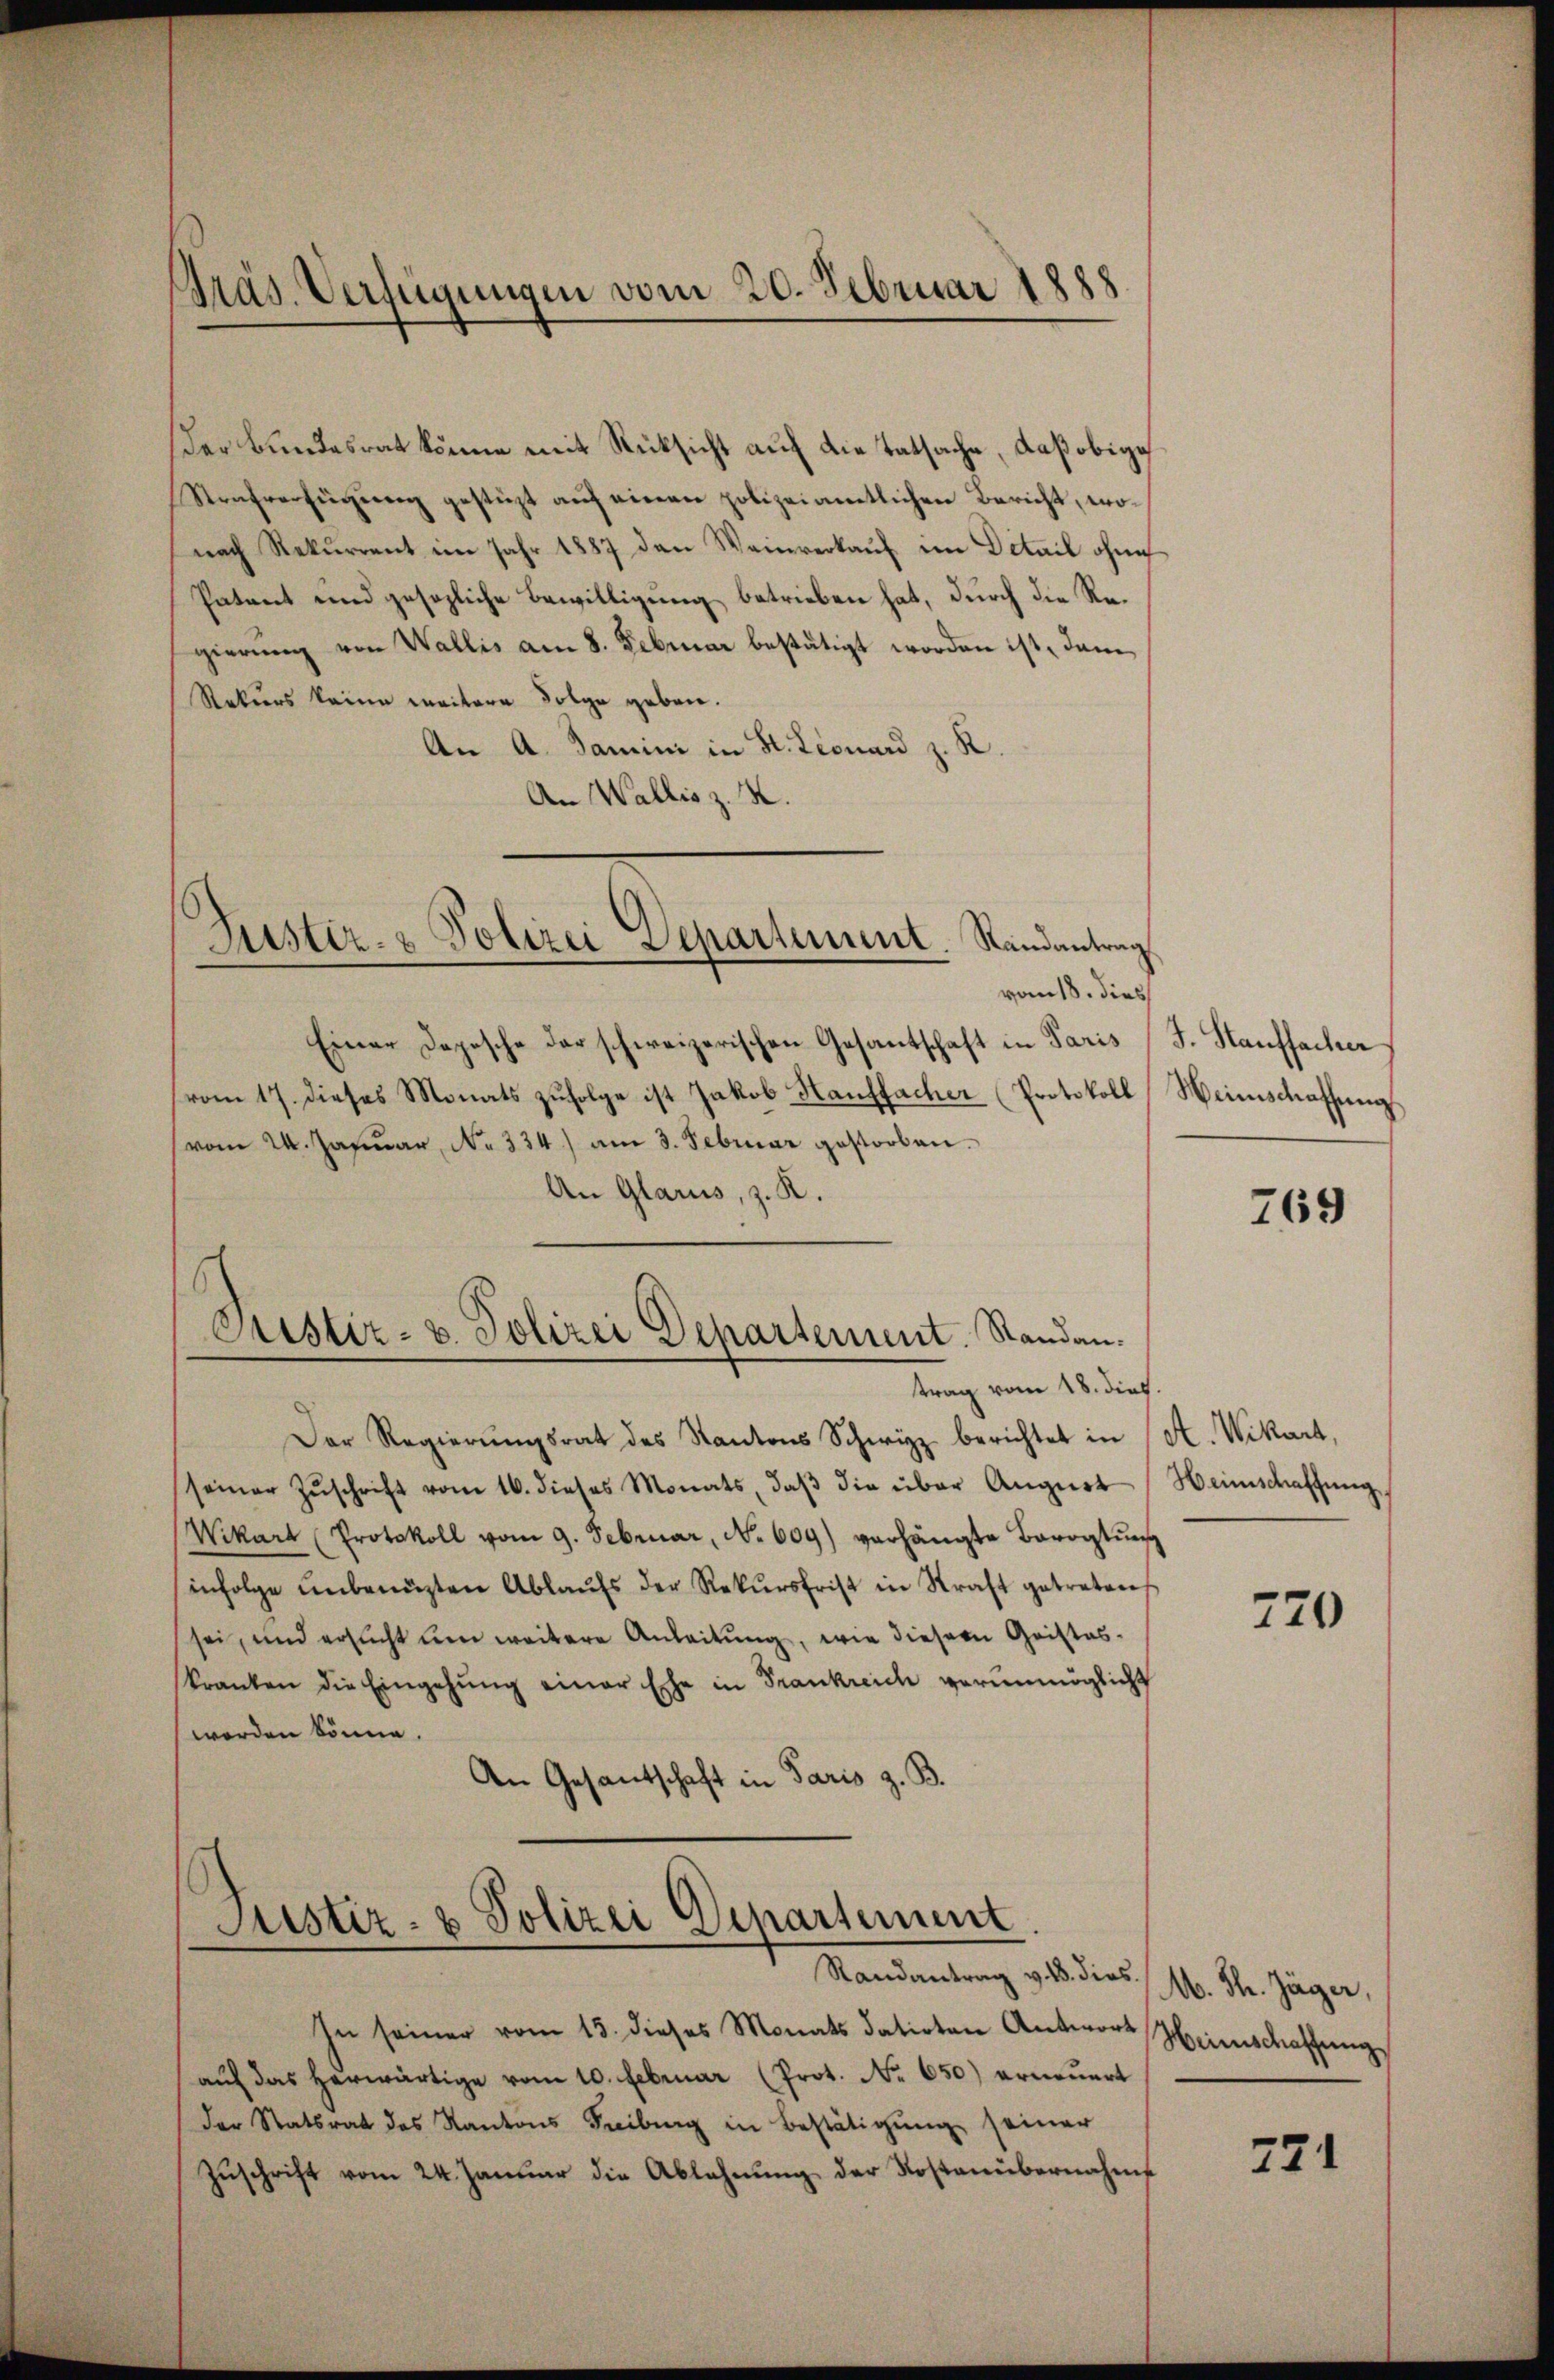
Der Bundesrat könne mit Rücksicht auf die tatsache, daß obige
Strafverfügŭng gestüzt aŭf einen polizeiamtlichen Bericht, wonach Rekurrent im Jahr 1887 den Weinverkauf im Detail ohne
Patent und gesezliche Bewilligung betrieben hat, durch die Regierung von Wallis am 8. Februar bestätigt worden ist, dann
Rekurs keine weitere Folge geben.
An A. Samini in St. Leonard z. R.
An Wallis z. K.

Präs. Verfügungen vom 20. Februar 1888.

Justiz- & Polizei Departement. Randantrag.
vom 18. dies

Einer Depesche der schweizerischen Gesantschaft in Paris (J. Hauffacher
vom 17. dieses Monats zŭfolge ist Jakob Hauffacher Protokoll Weinschaffung
(vom 24. Januar, No 334.) am 3. Februar gestorben.
An Glarus, z. R.
Der Regierŭngsrat des Kantons Schwyz berichtet in A. Wikart,
seiner Zŭschrift vom 16. dieses Monats, daβ die über Aŭgŭst Heimschaffŭng
Wikart (Protokoll vom 9. Februar, No 609) verhängte Barogtŭr
infolge unbenüzten Ablaŭfs der Rekŭrsfrist in Straft getreten
sei, und ersucht um weitere Anleitung, wie diesem Gristes-
kranken die Eingehŭng einer Ehe in Frankreich verunmöglicht
worden könne.
An Gesandtschaft in Paris z. B.

Justiz- u. Polizei Departement. Standantrag vom 18. dies.

Justiz- & Polizei Departement
Randantrag v. 18. di

In seiner vom 13. dieses Monats datirten Antwort Heimschaffŭng
aŭf das herwärtige vom 10. Februar (Prot. No. 650) erneuert
der Statsrat des Kantons Freiburg in Bestätigŭng seiner
Zŭschrift vom 24. Januar die Ablehnŭng der Kostenübernahms

769

770

as.
M. Th. Jäger,

721